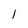
Character: 1